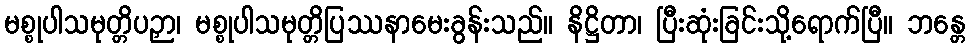
မစ္စုပါသမုတ္တိပဉှာ၊ မစ္စုပါသမုတ္တိပြဿနာမေးခွန်းသည်။ နိဋ္ဌိတာ၊ ပြီးဆုံးခြင်းသို့ရောက်ပြီ။ ဘန္တေ